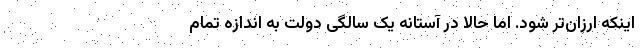
اینکه ارزان‌تر شود. اما حالا در آستانه یک سالگی دولت به اندازه تمام